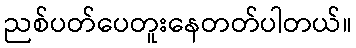
ညစ်ပတ်ပေတူးနေတတ်ပါတယ်။